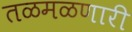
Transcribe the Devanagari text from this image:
तळमळणारी